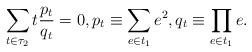
LaTeX: \begin{align*}\sum_{t\in\tau_2}t\frac{p_t}{q_t}=0,p_t\equiv\sum_{e\in t_1}e^2,q_t\equiv\prod_{e\in t_1}e.\end{align*}